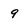
Character: 9